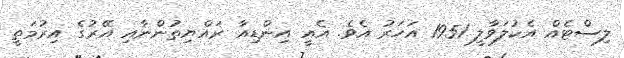
ލިސްޓެއް އެކުލަވާލީ 1951 އަހަރު އެވެ. އެއީ އިންޑިއާ ރައްޔިތުންނާއި އޭރުގެ އިރުމަތީ